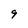
Character: 9